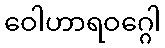
ဝေါဟာရဝဂ္ဂေါ